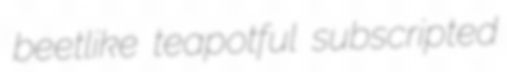
beetlike teapotful subscripted